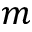
m